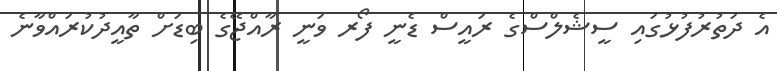
އެ ދަތުރުފުޅުގައި ސީޝެލްސްގެ ރައީސް ޑެނީ ފޯރ ވަނީ ރާއްޖޭގެ ބިޑަށް ތާއީދުކުރައްވާނެ